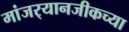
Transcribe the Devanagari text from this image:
मांजर्‍यानजीकच्या